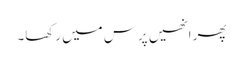
پھر انھیں پرس میں رکھا۔